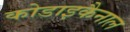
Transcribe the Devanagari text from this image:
कोडाइकैनाल